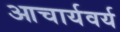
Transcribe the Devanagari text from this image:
आचार्यवर्य